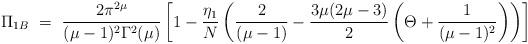
LaTeX: \begin{align*}\Pi_{1B} ~=~ \frac{2\pi^{2\mu}}{(\mu-1)^2\Gamma^2(\mu)} \left[1 - \frac{\eta_1}{N} \left( \frac{2}{(\mu-1)} - \frac{3\mu(2\mu-3)}{2}\left( \Theta+ \frac{1}{(\mu-1)^2} \right) \right) \right]\end{align*}